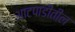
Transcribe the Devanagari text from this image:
आटपाडीतील